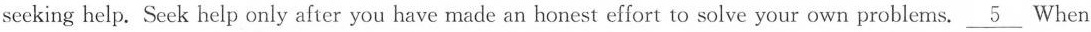
seeking help. Seek help only after you have made an honest effort to solve your own problems. \underline{5} When